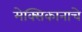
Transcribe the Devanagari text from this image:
मेक्सिकानाचे